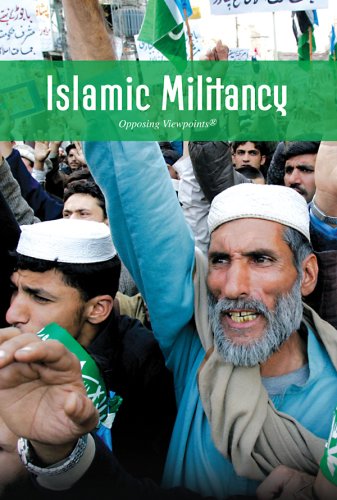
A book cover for Islamic Militancy (Opposing Viewpoints); Amanda Hiber; Teen & Young Adult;